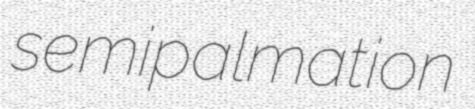
semipalmation